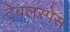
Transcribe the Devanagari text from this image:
टेबलस्पेस